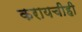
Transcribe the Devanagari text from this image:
करायचीही